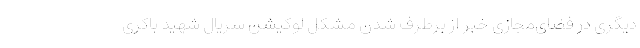
دیگری در فضای‌مجازی خبر از برطرف شدن مشکل لوکیشن سریال شهید باکری